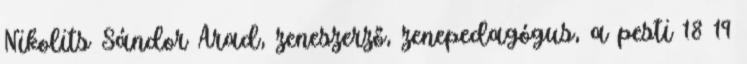
Nikolits Sándor Arad, zeneszerző, zenepedagógus, a pesti 18 19